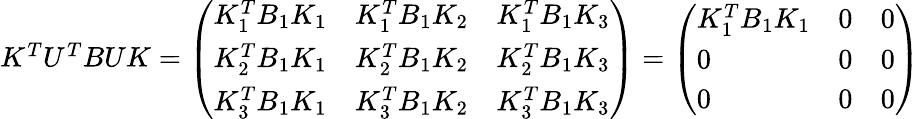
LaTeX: \begin{array}{r}{K^{T}U^{T}BUK=\left(\begin{array}{lll}{K_{1}^{T}B_{1}K_{1}}&{K_{1}^{T}B_{1}K_{2}}&{K_{1}^{T}B_{1}K_{3}}\\ {K_{2}^{T}B_{1}K_{1}}&{K_{2}^{T}B_{1}K_{2}}&{K_{2}^{T}B_{1}K_{3}}\\ {K_{3}^{T}B_{1}K_{1}}&{K_{3}^{T}B_{1}K_{2}}&{K_{3}^{T}B_{1}K_{3}}\end{array}\right)=\left(\begin{array}{lll}{K_{1}^{T}B_{1}K_{1}}&{0}&{0}\\ {0}&{0}&{0}\\ {0}&{0}&{0}\end{array}\right)}\end{array}